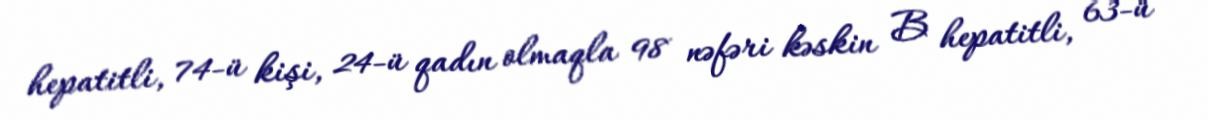
hepatitli, 74-ü kişi, 24-ü qadın olmaqla 98 nəfəri kəskin B hepatitli, 63-ü